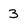
Character: 3